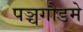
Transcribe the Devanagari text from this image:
पञ्चगौडमे